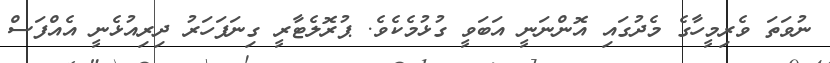
ނުވަތަ ވެރިމީހާގެ މެދުގައި އޮންނަނީ އަބަވީ ގުޅުމެކެވެ. ޕުރޮލެޓާރީ ގިނަފަހަރު ދިރިއުޅެނީ އެއްފަސް